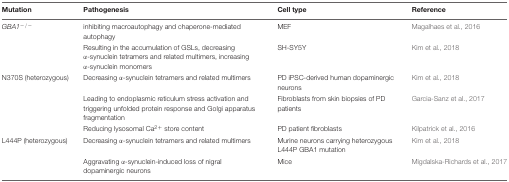
| Mutation | Pathogenesis | Cell type | Reference |
 | --- | --- | --- | --- |
 | GBA1-/- | inhibiting macroautophagy and chaperone-mediated autophagy | MEF | Magalhaes et al., 2016 |
 |  | Resulting in the accumulation of GSLs, decreasing α-synuclein tetramers and related multimers, increasing α-synuclein monomers | SH-SY5Y | Kim et al., 2018 |
 | N370S (heterozygous) | Decreasing α-synuclein tetramers and related multimers | PD iPSC-derived human dopaminergic neurons | Kim et al., 2018 |
 |  | Leading to endoplasmic reticulum stress activation and triggering unfolded protein response and Golgi apparatus fragmentation | Fibroblasts from skin biopsies of PD patients | Garcia-Sanz et al., 2017 |
 |  | Reducing lysosomal Ca2+ store content | PD patient fibroblasts | Kilpatrick et al., 2016 |
 | L444P (heterozygous) | Decreasing α-synuclein tetramers and related multimers | Murine neurons carrying heterozygous L444P GBA1 mutation | Kim et al., 2018 |
 |  | Aggravating α-synuclein-induced loss of nigral dopaminergic neurons | Mice | Migdalska-Richards et al., 2017 |